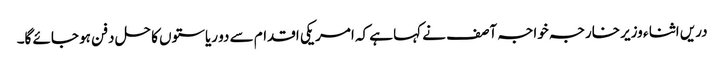
دریں اثنا ء وزیر خارجہ خواجہ آصف نے کہا ہے کہ امریکی اقدام سے دو ریاستوں کا حل دفن ہو جائے گا۔